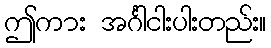
ဤကား အင်္ဂါငါးပါးတည်း။